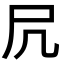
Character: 凥